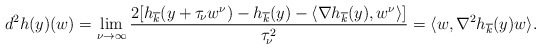
\begin{align*} d^2h(y)(w)=\lim_{\nu\to\infty}\frac{2[h_{\overline{k}}(y+\tau_{\!\nu}w^{\nu})-h_{\overline{k}}(y)-\langle\nabla h_{\overline{k}}(y),w^{\nu}\rangle]}{\tau_{\!\nu}^2} =\langle w,\nabla^2h_{\overline{k}}(y)w\rangle. \end{align*}